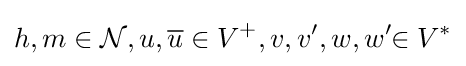
h,m\in {\mathcal {N}},u,{\overline {u}}\in V^{+},v,v',w,w'\!\!\in V^{*}